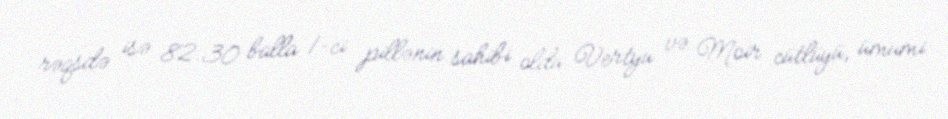
rəqsdə isə 82.30 balla 1-ci pillənin sahibi oldu Vertyu və Moir cütlüyü, ümumi